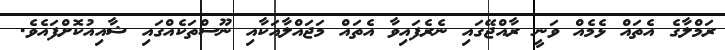
ރަމްލާގެ އެތައް ޅެމެއް ވަނީ ރާއްޖޭގައި ނެެރެފައިވާ އެތައް މަޖައްލާއަކާއި ނޫސްތަކެއްގައި ޝާއިއުކޮށްފައެވެ.